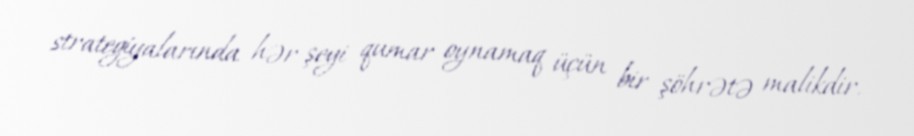
strategiyalarında hər şeyi qumar oynamaq üçün bir şöhrətə malikdir.